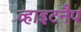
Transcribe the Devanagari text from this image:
व्हाइटनैप